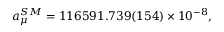
a _ { \mu } ^ { S M } = 1 1 6 5 9 1 . 7 3 9 ( 1 5 4 ) \times 1 0 ^ { - 8 } ,